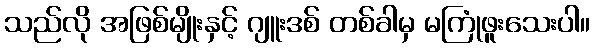
သည်လို အဖြစ်မျိုးနှင့် ဂျူးဒစ် တစ်ခါမှ မကြုံဖူးသေးပါ။